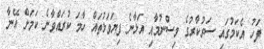
ފަހު އެކަމުގައި ސަރުކާރުގެ ވިސްނުމާއި އަޅާނެ ފިޔަވަޅުތައް ހާމަ ކުރައްވާނެ ކަމަށް އޭނާ